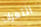
الثغرات